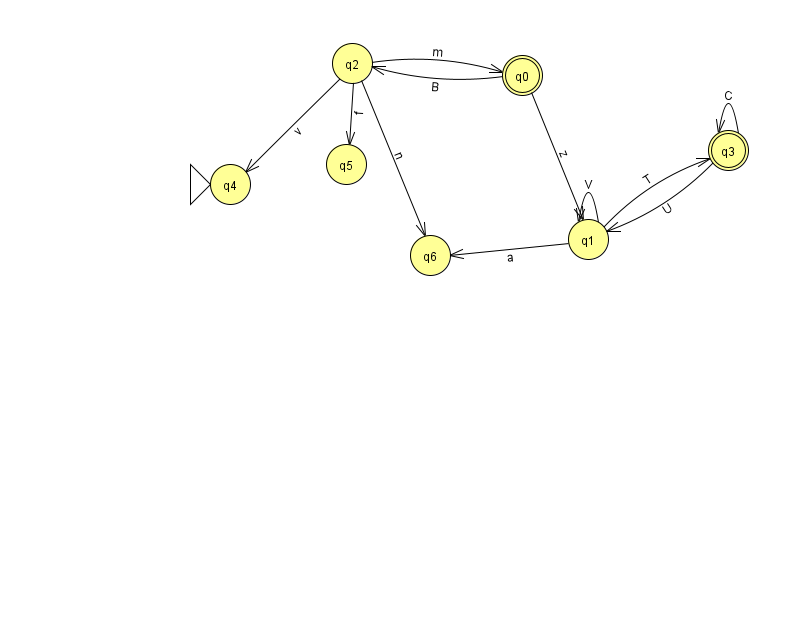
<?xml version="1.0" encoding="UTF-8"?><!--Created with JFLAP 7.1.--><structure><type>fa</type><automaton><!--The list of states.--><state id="0" name="q0"><x>522.0</x><y>62.0</y><final/></state><state id="1" name="q1"><x>588.0</x><y>226.0</y></state><state id="2" name="q2"><x>352.0</x><y>50.0</y></state><state id="3" name="q3"><x>728.0</x><y>137.0</y><final/></state><state id="4" name="q4"><x>230.0</x><y>171.0</y><initial/></state><state id="5" name="q5"><x>346.0</x><y>151.0</y></state><state id="6" name="q6"><x>430.0</x><y>242.0</y></state><!--The list of transitions.--><transition><from>2</from><to>0</to><read>m</read></transition><transition><from>3</from><to>3</to><read>C</read></transition><transition><from>3</from><to>1</to><read>U</read></transition><transition><from>1</from><to>3</to><read>T</read></transition><transition><from>1</from><to>1</to><read>V</read></transition><transition><from>2</from><to>4</to><read>v</read></transition><transition><from>1</from><to>6</to><read>a</read></transition><transition><from>2</from><to>6</to><read>n</read></transition><transition><from>0</from><to>1</to><read>z</read></transition><transition><from>0</from><to>2</to><read>B</read></transition><transition><from>2</from><to>5</to><read>f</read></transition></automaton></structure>